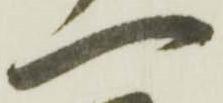
一